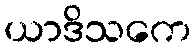
ယာဒိသကေ